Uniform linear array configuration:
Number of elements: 4
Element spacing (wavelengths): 0.75
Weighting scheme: binomial
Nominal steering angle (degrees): -45
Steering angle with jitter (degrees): -45.477
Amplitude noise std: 0.05
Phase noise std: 0.05

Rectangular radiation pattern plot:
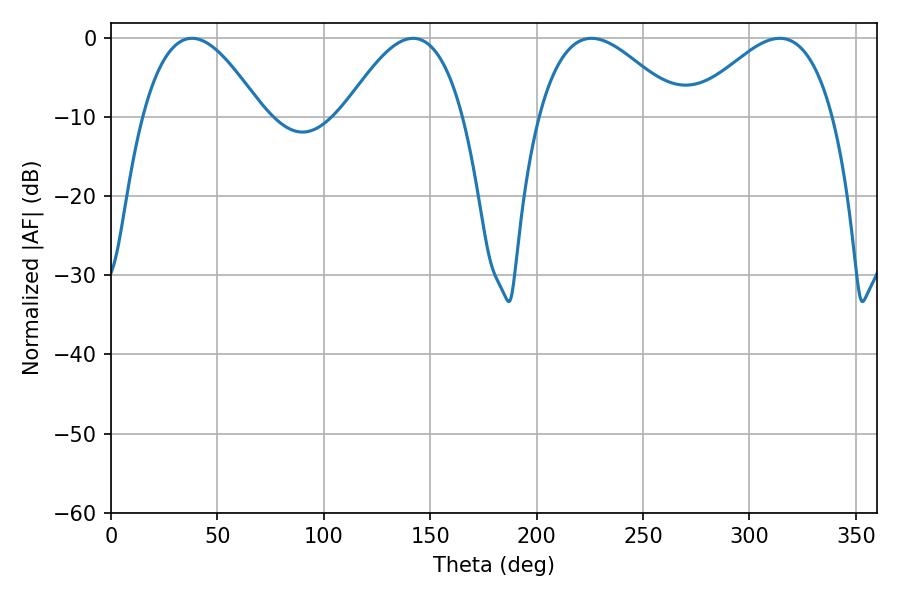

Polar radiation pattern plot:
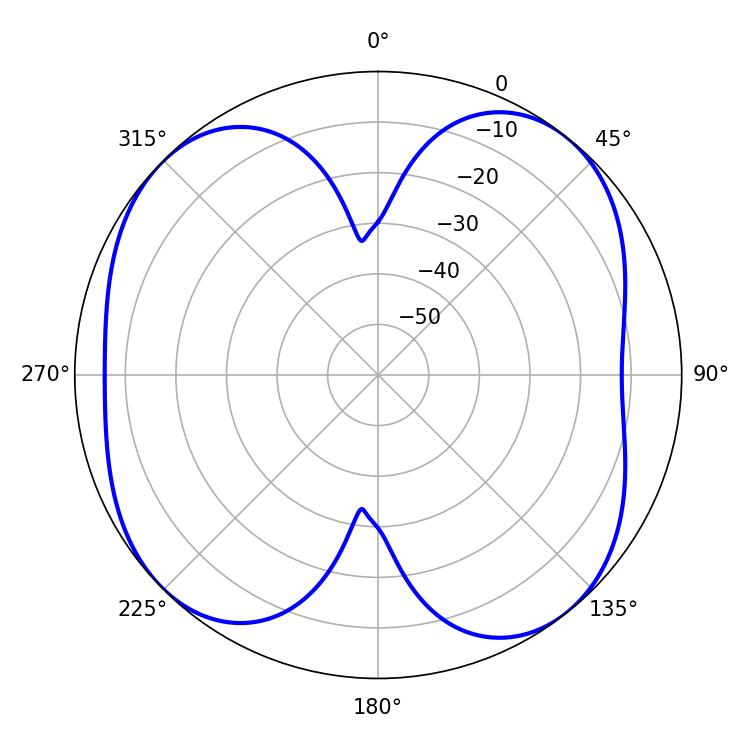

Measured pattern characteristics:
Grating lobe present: TRUE
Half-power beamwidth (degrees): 36.18
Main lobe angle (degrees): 225.72